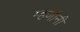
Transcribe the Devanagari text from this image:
म्हणौनी